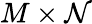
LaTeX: M\times\mathcal{N}